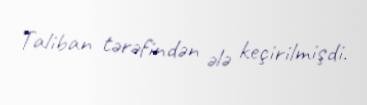
Taliban tərəfindən ələ keçirilmişdi.